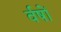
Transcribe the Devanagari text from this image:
र्वषों